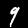
Label: 9